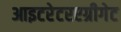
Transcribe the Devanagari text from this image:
आइटरेटरएग्रीगेट